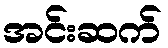
အင်းဆက်